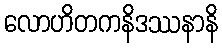
လောဟိတကနိဒဿနာနိ